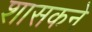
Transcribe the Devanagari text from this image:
शासकने